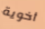
أخوية